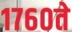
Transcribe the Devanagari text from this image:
१७६०ते